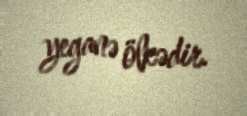
yeganə ölkədir.